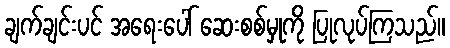
ချက်ချင်းပင် အရေးပေါ် ဆေးစစ်မှုကို ပြုလုပ်ကြသည်။